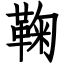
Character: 鞠